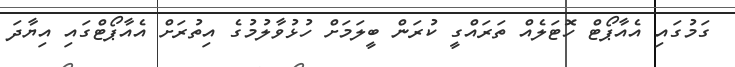
ގަމުގައި އެއާޕޯޓް ހޮޓަލެއް ތަރައްގީ ކުރަން ބީލަމަށް ހުޅުވާލުމުގެ އިތުރަށް އެއާޕޯޓްގައި އިޔާދަ